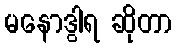
မနောဒွါရ ဆိုတာ